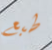
طبع